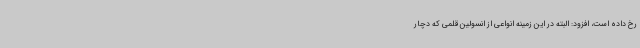
رخ داده است، افزود: البته در این زمینه انواعی از انسولین قلمی که دچار